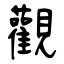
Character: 觀